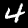
Digit: 4